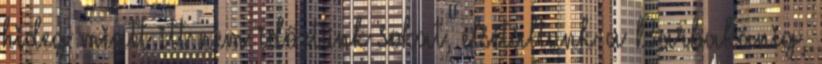
hideg miatt itt nem időztünk sokat, elsétáltunk a Barbakánig,